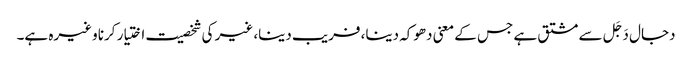
دجال دَجَل سے مشتق ہے جس کے معنی دھوکہ دینا، فریب دینا، غیر کی شخصیت اختیار کرنا وغیرہ ہے۔